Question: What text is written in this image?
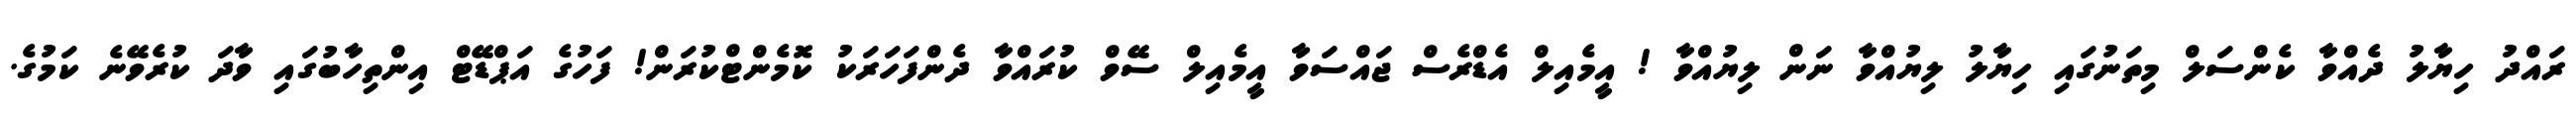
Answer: ރައްދު ހިޔާލު ދެއްވާ ކެންސަލް މިތަނުގައި ހިޔާލު ލިޔުއްވާ ނަން ލިޔުއްވާ ! އީމެއިލް އެޑްރެސް ޖައްސަވާ އީމެއިލް ސޭވް ކުރައްވާ ދެންފަހަރަކު ކޮމެންޓްކުރަން! ފަހުގެ އަޕްޑޭޓް އިންތިހާބުގައި ވާދަ ކުރެވޭނެ ކަމުގެ.